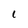
Character: 1